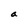
Character: a